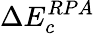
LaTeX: \Delta E_{c}^{RPA}